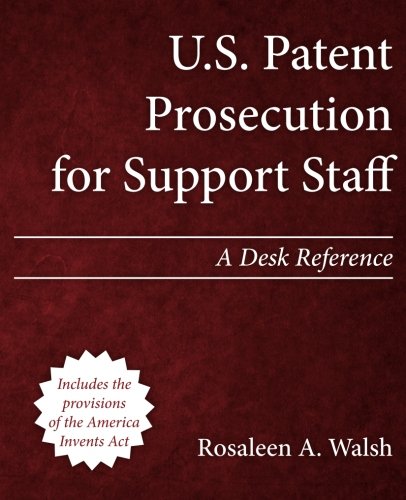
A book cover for U.S. Patent Prosecution for Support Staff: A Desk Reference; Rosaleen A. Walsh; Law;